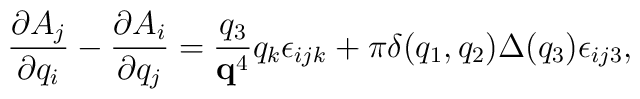
\frac{\partial A_{j}}{\partial q_{i}}-\frac{\partial A_{i}}{\partial q_{j}}=\frac{q_{3}}{{\bf q}^{4}}q_{k} \epsilon_{ijk}+\pi\delta(q_{1}, q_{2})\Delta(q_{3})\epsilon_{ij3},